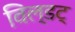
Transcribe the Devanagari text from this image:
विल्डट्